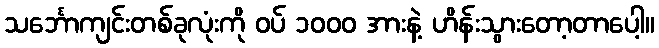
သင်္ဘောကျင်းတစ်ခုလုံးကို ဝပ် ၁၀၀၀ အားနဲ့ ဟိန်းသွားတော့တာပေါ့။